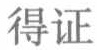
得证